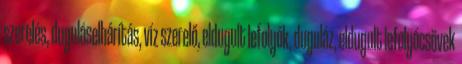
szerelés, duguláselhárítás, víz szerelő, eldugult lefolyók, duguláz, eldugult lefolyócsövek